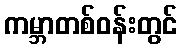
ကမ္ဘာတစ်ဝန်းတွင်